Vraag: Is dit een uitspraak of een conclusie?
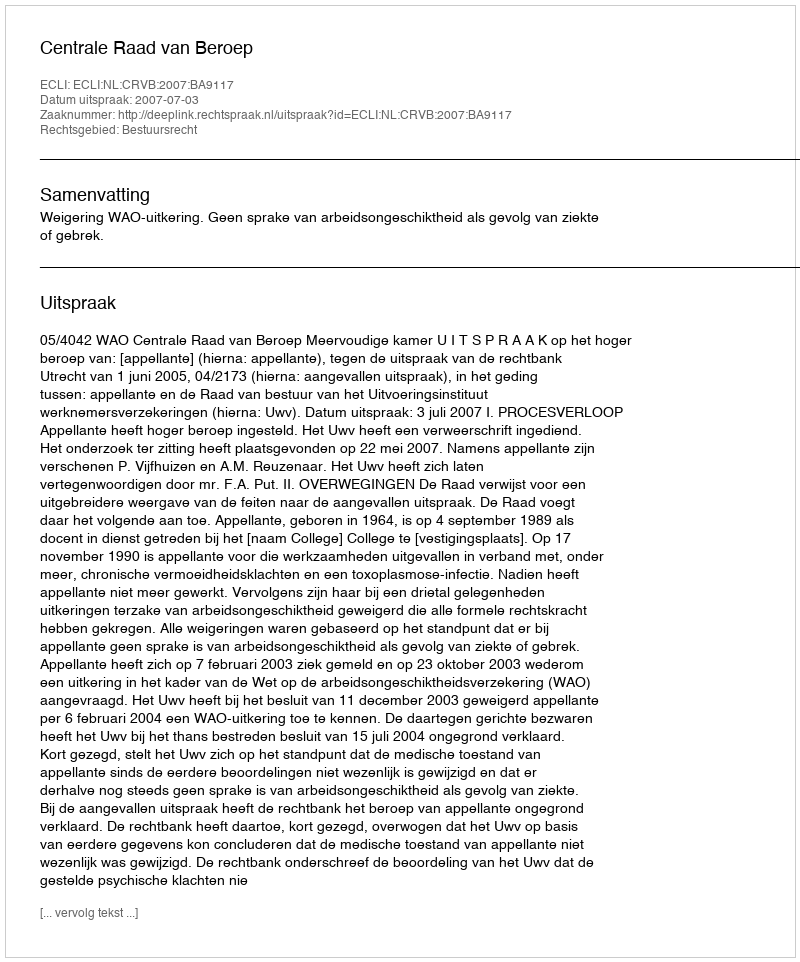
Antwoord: Uitspraak